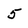
Character: 5